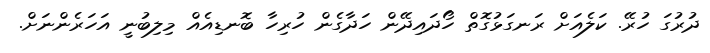
ދުރުގަ ހުރޭ. ކަލެއަށް ރަނގަޅުގޮތް ހޯދައިދޭން ހަދާގެން ހުރިހާ ބޮނޑިއެއް މިލިބުނީ އަހަރެންނަށް.